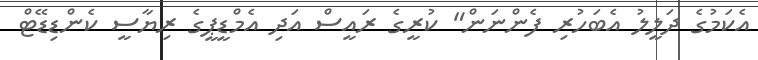
އެކަމުގެ ދަލީލު އެބަހުރި ފެންނަން" ކުރީގެ ރައީސް އަދި އެމްޑީޕީގެ ރިޔާސީ ކެންޑިޑޭޓް